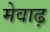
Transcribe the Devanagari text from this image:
मेवाढ़